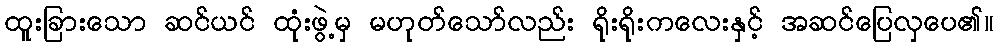
ထူးခြားသော ဆင်ယင် ထုံးဖွဲ့မှ မဟုတ်သော်လည်း ရိုးရိုးကလေးနှင့် အဆင်ပြေလှပေ၏။